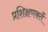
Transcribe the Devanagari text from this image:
प्रशिक्षणकर्ते